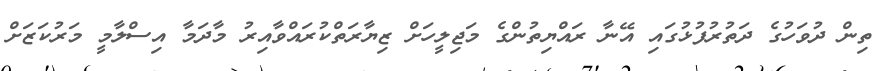
ތިން ދުވަހުގެ ދަތުރުފުޅުގައި އޭނާ ރައްޔިތުންގެ މަޖިލީހަށް ޒިޔާރަތްކުރައްވާއިރު މާދަމާ އިސްލާމީ މަރުކަޒަށް